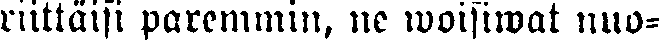
riittäisi paremmin, ne woisiwat nuo-